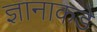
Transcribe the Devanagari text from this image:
ज्ञानाकडे